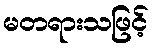
မတရားသဖြင့်